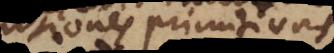
notiones primitivas